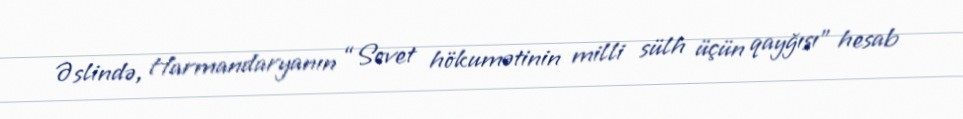
Əslində, Harmandaryanın “Sovet hökumətinin milli sülh üçün qayğısı” hesab